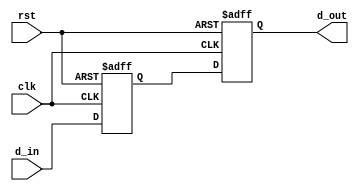
module timing_control_and_sync (
    input wire clk,        // Clock signal
    input wire rst,        // Reset signal
    input wire d_in,       // Input data signal
    output reg d_out       // Output data signal
);

reg delayed_d_in;

// Delay element to ensure input signal is stable before being latched
always @(posedge clk or posedge rst) begin
    if (rst) begin
        delayed_d_in <= 1'b0;
    end else begin
        delayed_d_in <= d_in;
    end
end

// D Flip-Flop to sample input signal at the correct time in the clock cycle
always @(posedge clk or posedge rst) begin
    if (rst) begin
        d_out <= 1'b0;
    end else begin
        d_out <= delayed_d_in;
    end
end

endmodule